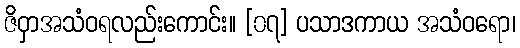
ဇိဝှာအသံဝရလည်းကောင်း။ [၀၇] ပသာဒကာယ အသံဝရော၊